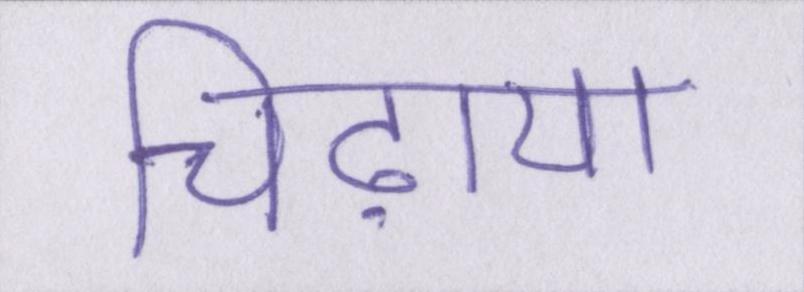
चिढ़ाया